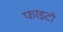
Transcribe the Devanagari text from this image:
फाइटो